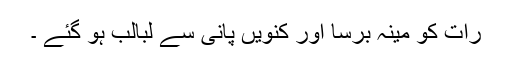
رات کو مینہ برسا اور کنویں پانی سے لبالب ہو گئے ۔